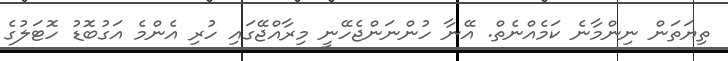
ތިޔަތަން ނިންމާނެ ކަމެއްނެތް. އޭނާ ހުންނަންޖެހޭނީ މިރާއްޖޭގައި ހުރި އެންމެ އަގުބޮޑު ހޮޓަލުގެ